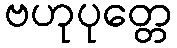
ဗဟုပုတ္တေ